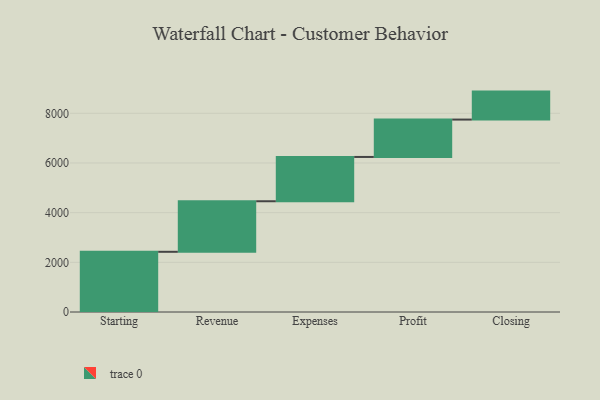
{"axis": {"x": "Step", "y": "Value"}, "legend": [""], "data": [{"x": "Starting", "y": 2424.0, "type": ""}, {"x": "Revenue", "y": 2035.0, "type": ""}, {"x": "Expenses", "y": 1784.0, "type": ""}, {"x": "Profit", "y": 1505.0, "type": ""}, {"x": "Closing", "y": 1126.0, "type": ""}]}